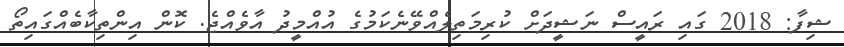
ޝިފާ: 2018 ގައި ރައީސް ނަޝީދަށް ކުރިމަތިލެއްވޭނެކަމުގެ އުއްމީދު އާވެއްޖެ. ކޮން އިންތިކާބެއްގައިތޯ